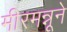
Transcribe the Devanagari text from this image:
मीरमन्नूने